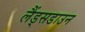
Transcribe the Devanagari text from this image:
लैंड्सडाउन